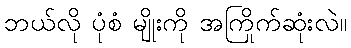
ဘယ်လို ပုံစံ မျိုးကို အကြိုက်ဆုံးလဲ။